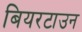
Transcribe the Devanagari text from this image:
बियरटाउन